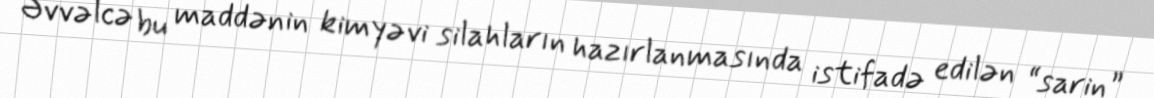
Əvvəlcə bu maddənin kimyəvi silahların hazırlanmasında istifadə edilən “sarin”